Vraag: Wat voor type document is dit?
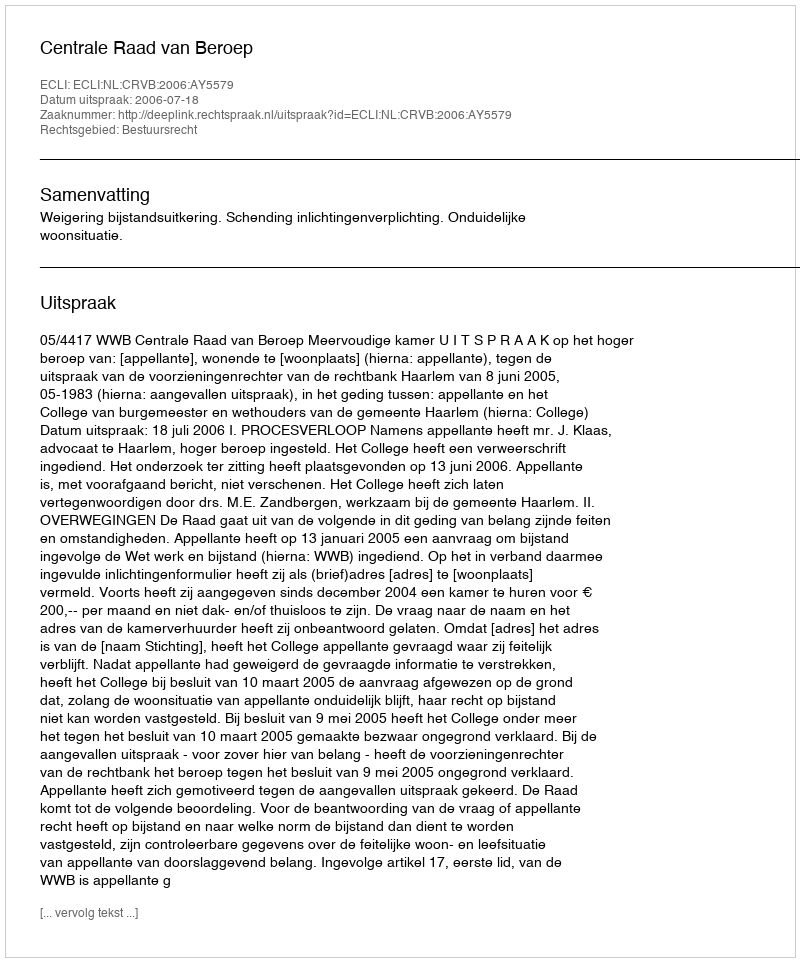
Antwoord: Uitspraak